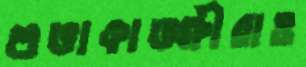
শুভাকাঙ্ক্ষীরাও